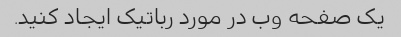
یک صفحه وب در مورد رباتیک ایجاد کنید.